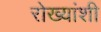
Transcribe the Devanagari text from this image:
रोख्यांशी